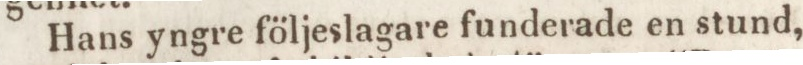
Hans yngre följeslagare funderade en stund,